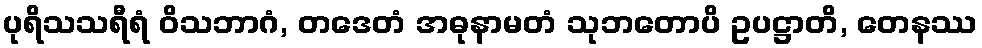
ပုရိသသရီရံ ဝိသဘာဂံ, တဒေတံ အဓုနာမတံ သုဘတောပိ ဥပဋ္ဌာတိ, တေနဿ